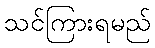
သင်ကြားရမည်